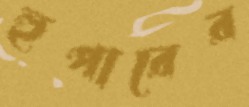
হুপারের